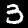
Digit: 3